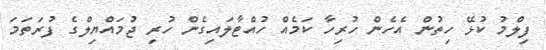
ފިލްމު ކުޅޭ ހިތުން އެހެން ހުރިހާ ކަމެއް ހުއްޓާލައިގެން ހުރި ޖުމައްޔިލްގެ ފުރަތަމަ